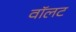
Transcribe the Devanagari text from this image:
वॉलट